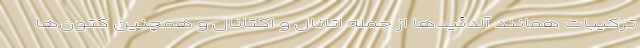
ترکیبات همانند آلدئیدها از جمله اتانال و اکتانال و همچنین کتون‌ها